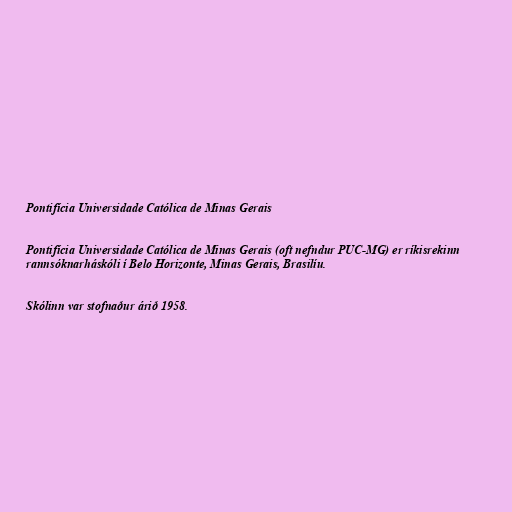
Pontifícia Universidade Católica de Minas Gerais

Pontifícia Universidade Católica de Minas Gerais (oft nefndur PUC-MG) er ríkisrekinn
rannsóknarháskóli í Belo Horizonte, Minas Gerais, Brasilíu.

Skólinn var stofnaður árið 1958.